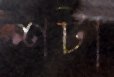
শটা